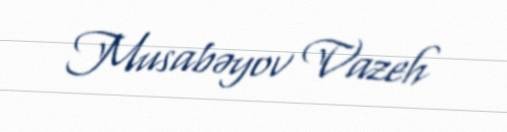
Musabəyov Vazeh